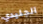
الجليدي